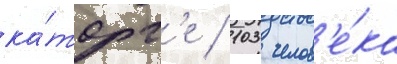
ка́торг'е / 103 челов'е́ка